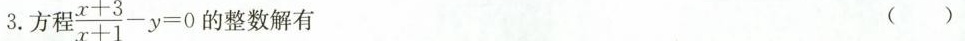
3.方程 $$\frac { x + 3 } { x + 1 } - y = 0$$ 的整数解有 ( )